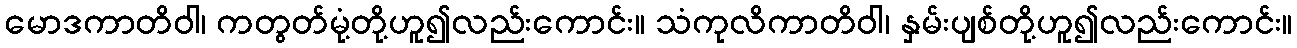
မောဒကာတိဝါ၊ ကတွတ်မုံ့တို့ဟူ၍လည်းကောင်း။ သံကုလိကာတိဝါ၊ နှမ်းပျစ်တို့ဟူ၍လည်းကောင်း။